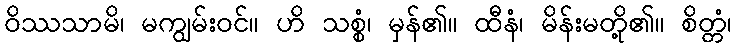
ဝိဿသာမိ၊ မကျွမ်းဝင်။ ဟိ သစ္စံ၊ မှန်၏။ ထီနံ၊ မိန်းမတို့၏။ စိတ္တံ၊